Lunatic asylums Central Provinces reports 1874-1885 - 1874-1885
Year: 1874
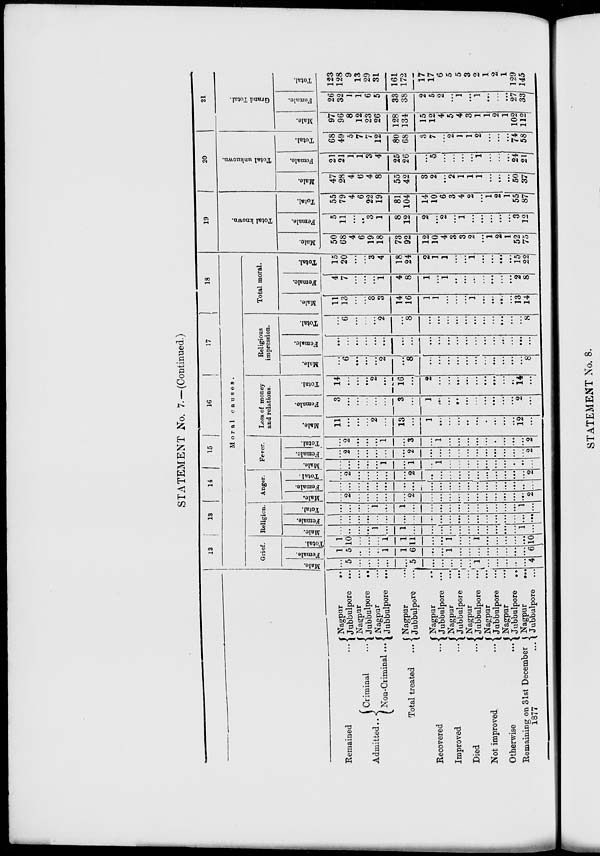
STATEMENT No. 7.-(Continued.)
Remained ...
Admitted ...
Criminal ...
Non-Criminal ...
Total treated ...
Recovered ...
Improved ...
Died
...
Not improved ...
Otherwise
...
Remaining on 31st December
1877 ...
Nagpur
...
Jubbulpore ...
Nagpur ...
Jubbulpore
...
Nagpur ...
Jubbulpore ...
Nagpur
...
Jubbulpore
...
Nagpur
...
Jubbulpore ...
Nagpur ...
Jubbulpore ...
Nagpur ...
Jubbulpore
...
Nagpur ...
Jubbulpore ...
Nagpur ...
Jubbulpore
...
Nagpur ...
Jubbulpore ...
12
13
14 15 16
17
18
Moral
causes.
Grief.
Male.
...
5
...
...
...
...
...
5
...
...
...
...
...
1
...
...
...
...
...
4
Female.
1
5
...
...
...
1
1
6
...
...
1
...
...
...
...
...
...
...
...
6
Total.
1
10
...
...
...
1
1
11
...
...
1
...
...
1
...
...
...
...
...
10
Religion.
Male.
...
...
...
...
1
...
1
...
...
...
...
...
...
...
...
...
...
...
1
...
Female.
...
...
...
...
...
...
...
...
...
...
...
...
...
...
...
...
...
...
...
...
Total.
...
...
...
...
1
...
1
...
...
...
...
...
...
...
...
...
...
...
1
...
Anger.
Male.
...
2
...
...
...
...
...
2
...
...
...
...
...
...
...
...
...
...
...
2
Female.
...
...
...
...
...
...
...
...
...
...
...
...
...
...
...
...
...
...
...
...
Total.
...
2
...
...
...
...
...
2
...
...
...
...
...
...
...
...
...
...
...
2
Fever.
Male.
...
...
...
...
...
1
...
1
...
1
...
...
...
...
...
...
...
...
...
...
Female.
...
2
...
...
...
...
...
2
...
...
...
...
...
...
...
...
...
...
...
2
Total.
...
2
...
...
...
1
...
3
...
1
...
...
...
...
...
...
...
...
...
2
Loss of money
and relations.
Male.
11
...
...
...
2
...
13
...
1
...
...
...
...
...
...
...
...
...
12
...
Female.
3
...
...
...
...
...
3
...
1
...
...
...
...
...
...
...
...
...
2
...
Total.
14
...
...
...
2
...
16
...
2
...
...
...
...
...
...
...
...
...
14
...
Religious
impression.
Male.
...
6
...
...
...
2
...
8
...
...
...
...
...
...
...
...
...
...
...
8
Female.
...
...
...
...
...
...
...
...
...
...
...
...
...
...
...
...
...
...
...
...
Total.
...
6
...
...
...
2
...
8
...
...
...
...
...
...
...
...
...
...
...
8
Total moral.
Male.
11
13
...
...
3
3
14
16
1
1
...
...
...
1
...
...
...
...
13
14
Female.
4
7
...
...
...
1
4
8
1
...
1
...
...
...
...
...
...
...
2
8
Total.
15
20
...
...
3
4
18
24
2
1
1
...
...
1
...
...
...
...
15
22
19
Total known.
Male.
50
68
4
6
19
18
73
92
12
10
4
3
3
2
...
1
2
1
52
75
Female.
5 11
...
...
3
1
8
12
2
...
2
...
1
...
...
...
...
...
3
12
Total.
55
79
4
6
22
19
81
104
14
10
6
3
4
2
...
1
2
1
55
87
20
Total unknown.
Male.
47
28
4
6
4
8
55
42
3
2
...
2
1
1
1
...
...
...
50
37
Female.
21
21
1
1
3
4
25
26
...
5
...
...
...
...
1
...
...
...
24
21
Total.
68
49
5
7
7
12
80
68
3
7
...
2
1
1
2
...
...
...
74
58
21
Grand Total.
Male.
97
96
8
12
23
26
128
134
15
12
4
5
4
3
1
1
2
1
102
112
Female.
26
32
1
1
6
5
33
38
2
5
2
...
1
...
1
...
...
...
27
33
Total.
123
128
9
13
29
31
161
172
17
17
6
5
5
3
2
1
2
1
129
145